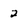
Character: 2